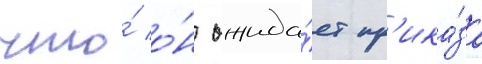
что́ о́н ожида́ет пр'ика́за